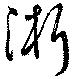
淅